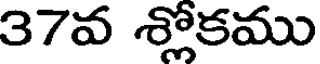
37వ శ్లోకము